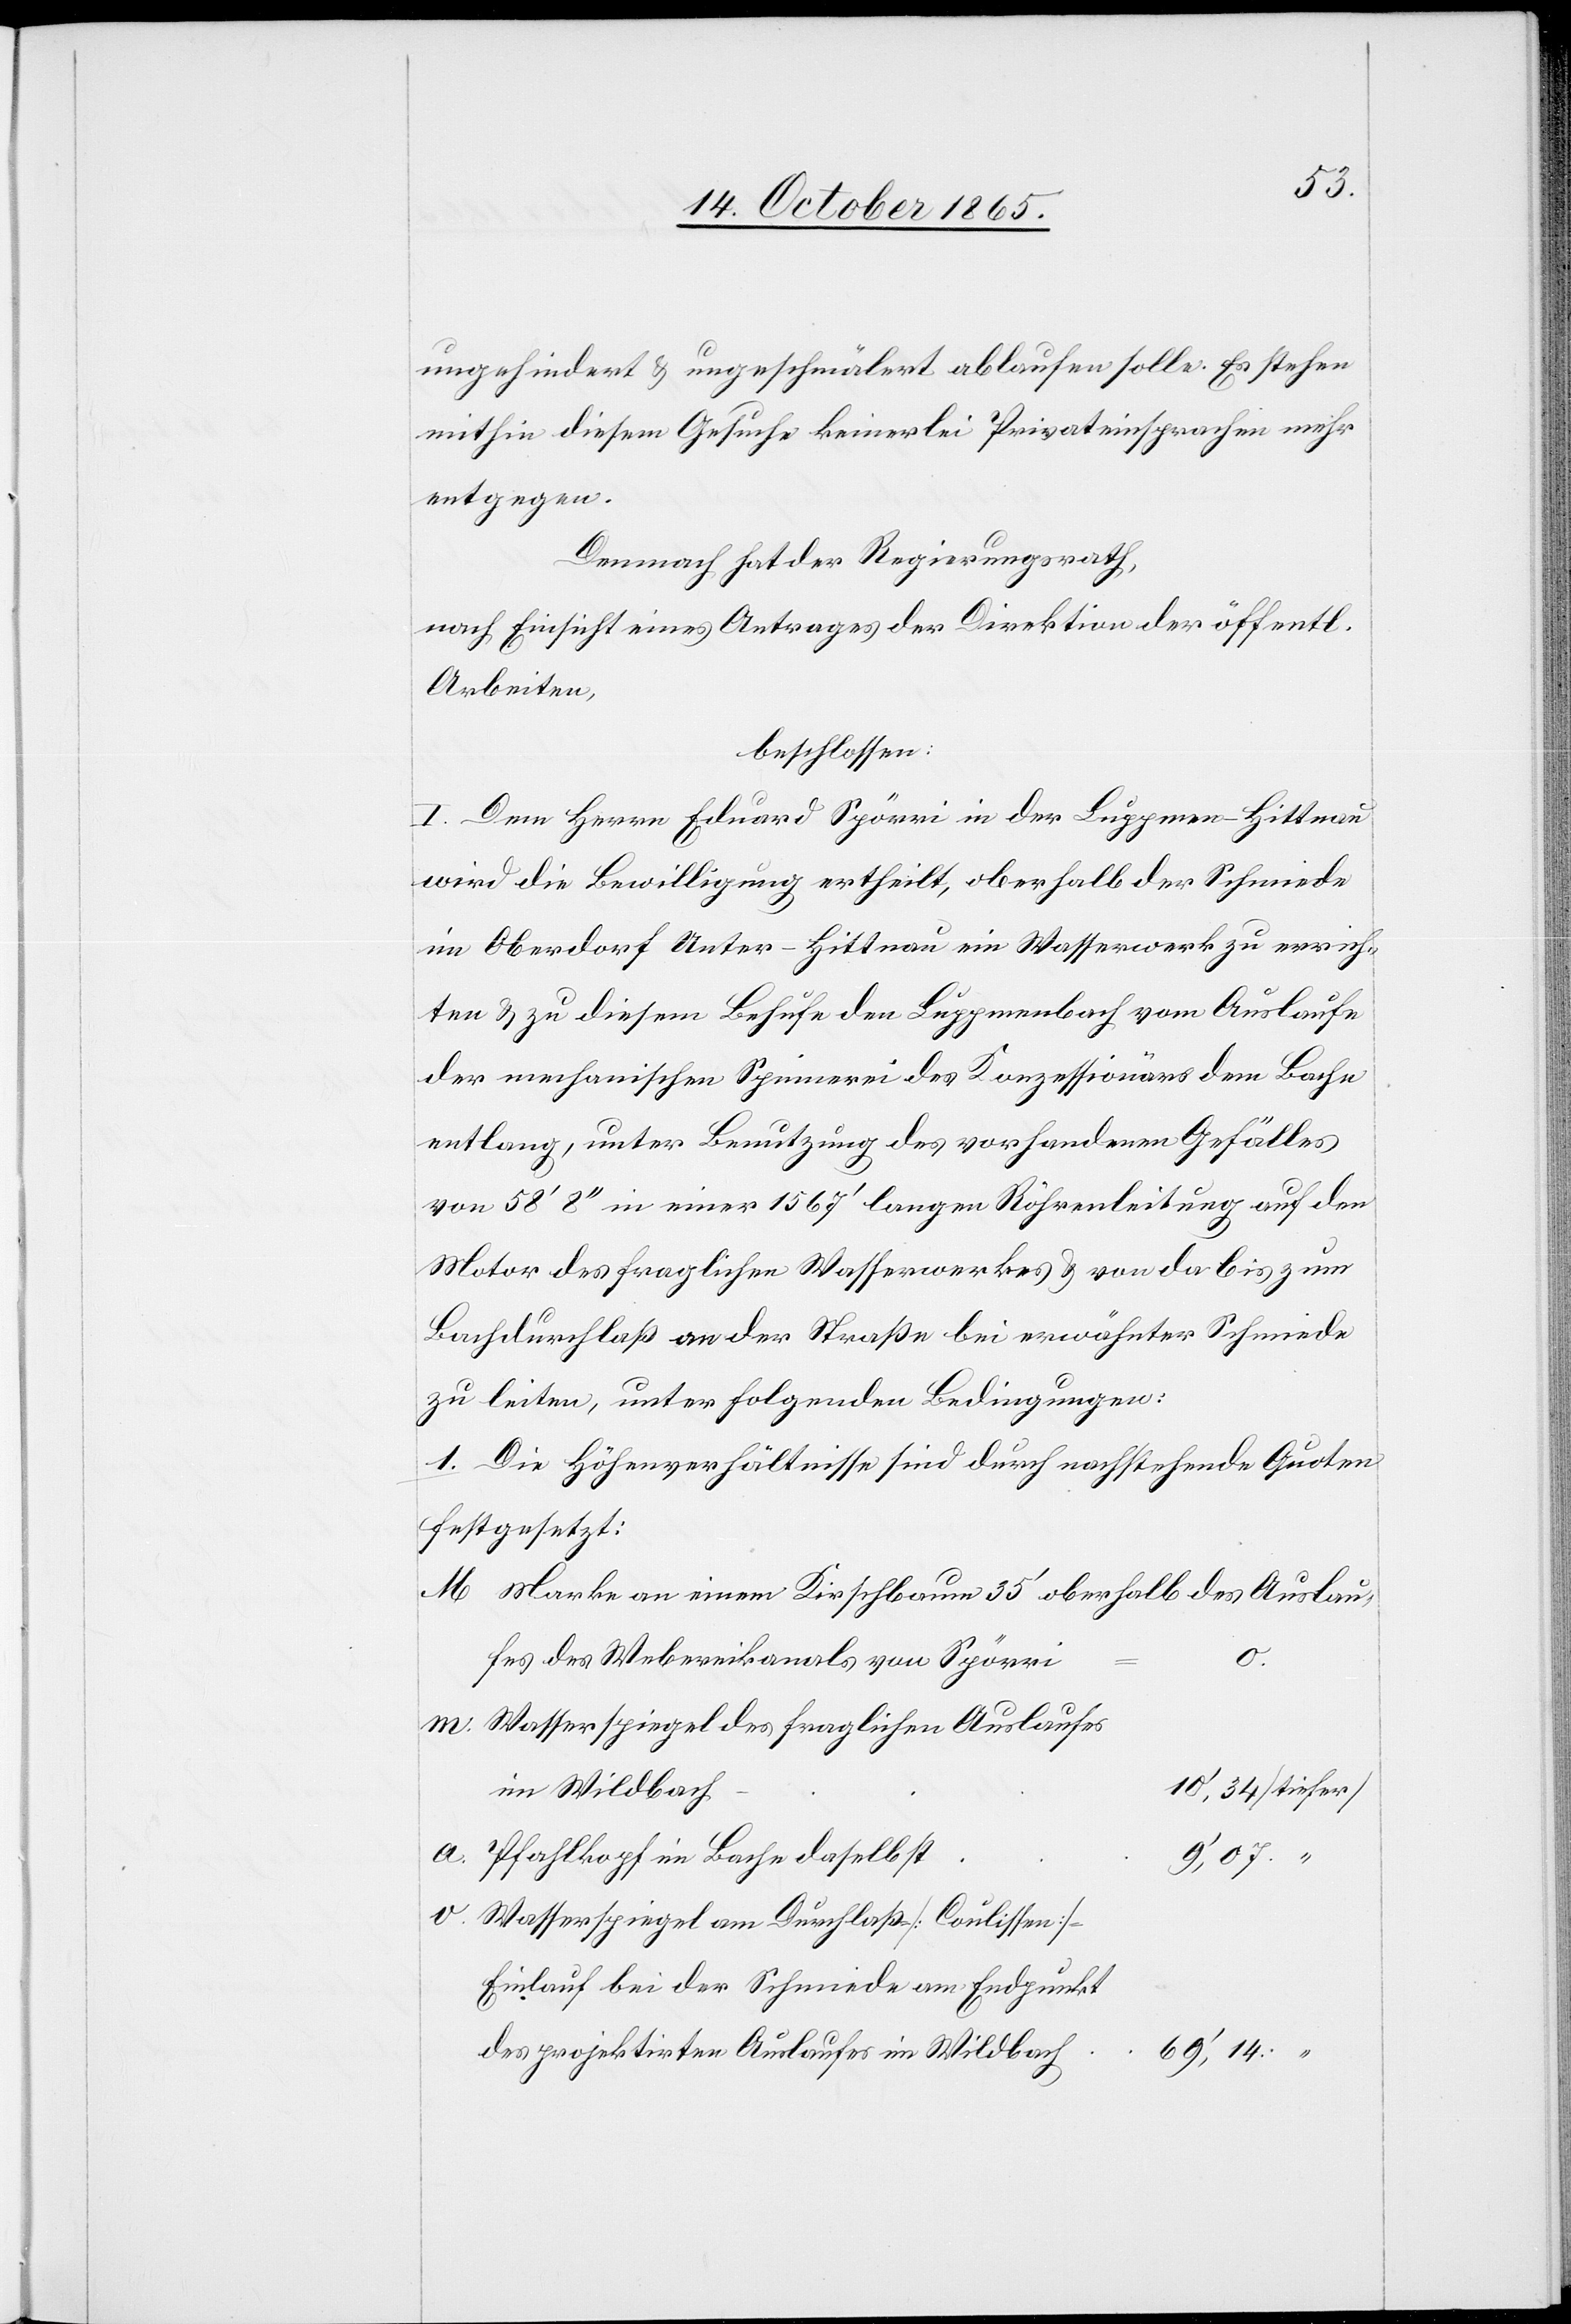
ungehindert & ungeschmälert ablaufen solle. Es stehen
mithin diesem Gesuche keinerlei Privateinsprachen mehr
entgegen.
Demnach hat der Regierungsrath,
nach Einsicht eines Antrages der Direktion der öffentl.
Arbeiten
beschlossen:
I. Dem Herrn Eduard Spörri in der Luppmen - Hittnau
wird die Bewilligung ertheilt, oberhalb der Schmiede
im Oberdorf Unter-Hittnau ein Wasserwerk zu errich¬
ten & zu diesem Behufe den Luppmenbach vom Auslaufe
der mechanischen Spinnerei des Konzessionärs dem Bache
entlang, unter Benutzung des vorhandenen Gefälles
von 58’ 8’’ in einer 1567’ langen Röhrenleitung auf den
Motor des fraglichen Wasserwerkes & von da bis zum
Bachdurchlaß an der Straße bei erwähnter Schmiede
zu leiten, unter folgenden Bedingungen:
1. Die Höhenverhältnisse sind durch nachstehende Quoten
festgesetzt:
Marke an einem Kirschbaum 35’ oberhalb des Auslau¬
fes des Webereikanals von Spörri
Wasserspiegel des fraglichen Auslaufes
im Wildbach
v.
Pfahlkopf im Bache daselbst
Wasserspiegel am Durchlaß [Coulissen]-E¬
inlauf bei der Schmiede am Endpunkt
des projektirten Auslaufes im Wildbach
69’,14